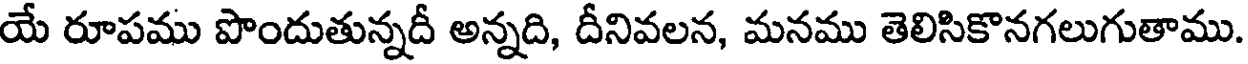
యే రూపము పొందుతున్నదీ అన్నది, దీనివలన, మనము తెలిసికొనగలుగుతాము.